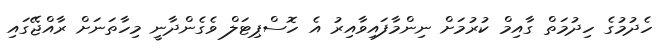
ހެދުމުގެ ހިދުމަތް ގާއިމް ކުރުމަށް ނިންމާފައިވާއިރު އެ ހޮސްޕިޓަލް ވެގެންދާނީ މިހާތަނަށް ރާއްޖޭގައި